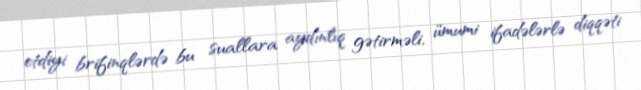
etdiyi brifinqlərdə bu suallara aydınlıq gətirməli, ümumi ifadələrlə diqqəti